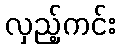
လှည့်ကင်း